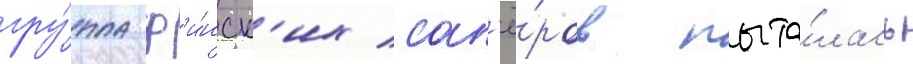
гру́ппа ф'и́нск'их сап'ё́ров пыта́лась